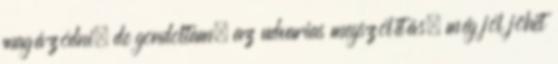
magázódni, de gondoltam, az udvarias megszólítás, még jól jöhet